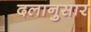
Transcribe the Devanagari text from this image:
दलानुसार